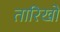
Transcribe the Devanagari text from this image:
तारिखों